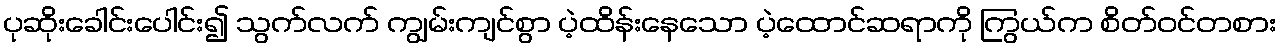
ပုဆိုးခေါင်းပေါင်း၍ သွက်လက် ကျွမ်းကျင်စွာ ပဲ့ထိန်းနေသော ပဲ့ထောင်ဆရာကို ကြွယ်က စိတ်ဝင်တစား